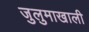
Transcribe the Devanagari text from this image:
जुलुमाखाली